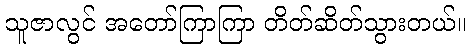
သူဇာလွင် အတော်ကြာကြာ တိတ်ဆိတ်သွားတယ်။